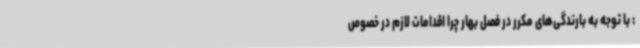
: با توجه به بارندگی‌های مکرر در فصل بهار چرا اقدامات لازم در خصوص